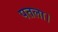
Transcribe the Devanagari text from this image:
पतला।